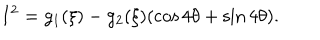
I ^ { 2 } = g _ { 1 } ( \xi ) - g _ { 2 } ( \xi ) ( \cos 4 \theta + \sin 4 \theta ) .